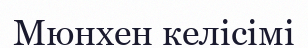
Мюнхен келісімі